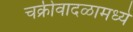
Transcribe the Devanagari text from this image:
चक्रीवादळामध्ये